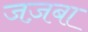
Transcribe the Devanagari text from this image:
जज़बा